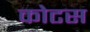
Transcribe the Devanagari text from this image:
कोटस